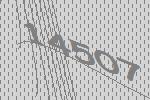
14507